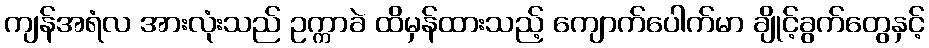
ကျန်အရံလ အားလုံးသည် ဥက္ကာခဲ ထိမှန်ထားသည့် ကျောက်ပေါက်မာ ချိုင့်ခွက်တွေနှင့်